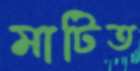
মাটিত